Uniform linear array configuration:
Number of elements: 48
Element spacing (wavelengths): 0.25
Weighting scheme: hann
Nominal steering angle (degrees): -15
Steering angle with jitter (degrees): -16.806
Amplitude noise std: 0.05
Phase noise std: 0.05

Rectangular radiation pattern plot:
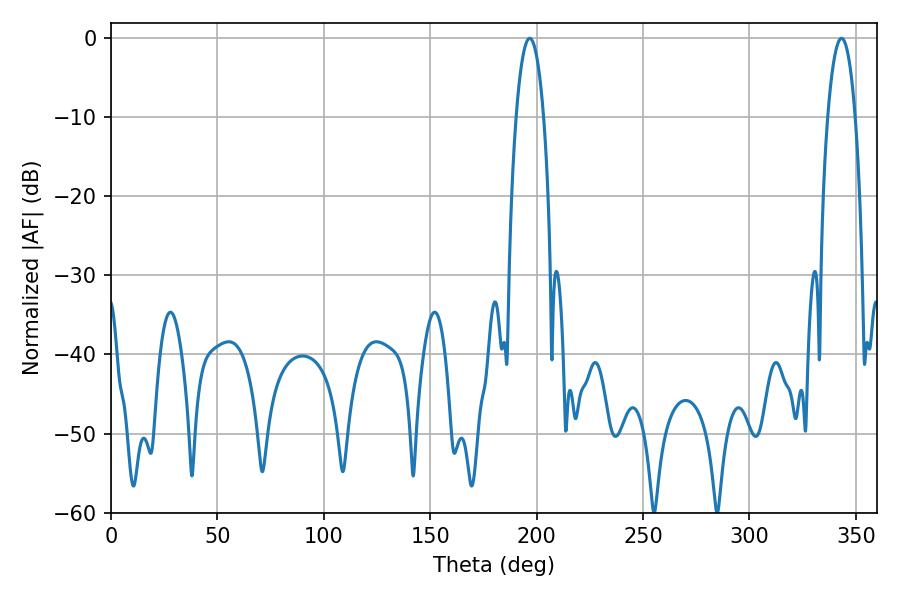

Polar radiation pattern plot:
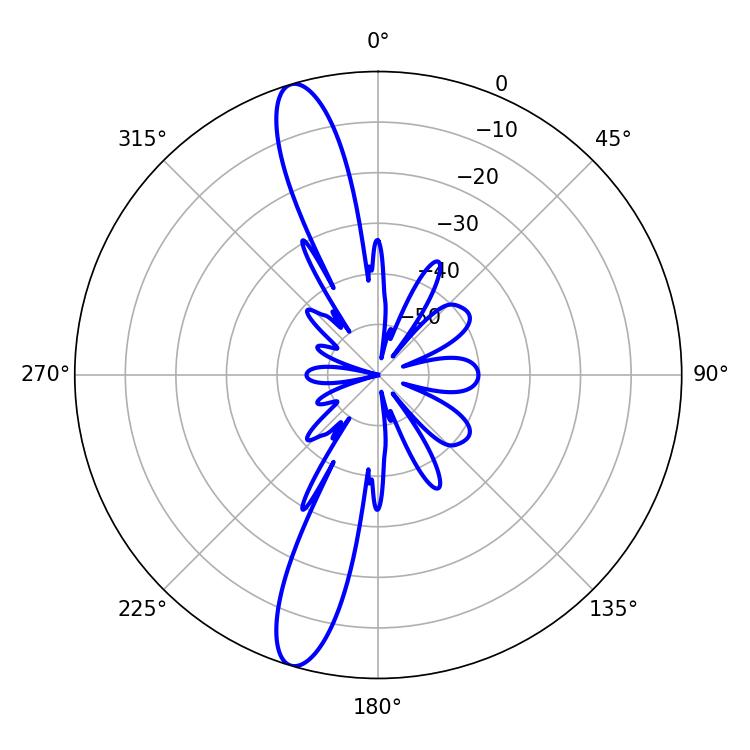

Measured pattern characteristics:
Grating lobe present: FALSE
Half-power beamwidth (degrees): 7.2
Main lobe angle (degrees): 196.74